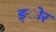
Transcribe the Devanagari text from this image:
ङ्ोर